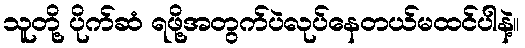
သူတို့ ပိုက်ဆံ ရဖို့အတွက်ပဲလုပ်နေတယ်မထင်ပါနဲ့။